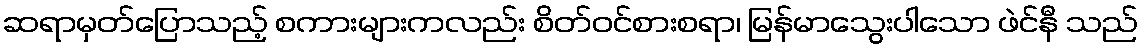
ဆရာမှတ်ပြောသည့် စကားများကလည်း စိတ်ဝင်စားစရာ၊ မြန်မာသွေးပါသော ဖဲင်နီ သည်